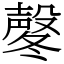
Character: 㲇